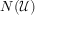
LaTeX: N ( { \mathcal { U } } )